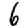
Digit: 6